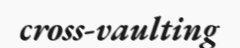
cross-vaulting